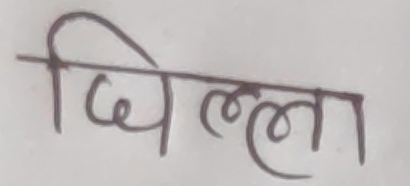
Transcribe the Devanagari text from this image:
जिल्ला